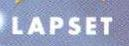
LAPSET